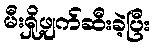
မီးရှို့ဖျက်ဆီးခဲ့ပြီး